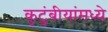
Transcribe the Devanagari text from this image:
कुटुंबीयांमध्ये